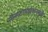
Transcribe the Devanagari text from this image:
सेंन्सटायझेशनमुळे